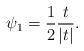
LaTeX: \begin{align*}\psi_{1}=\frac 1 2\frac t{|t|}.\end{align*}